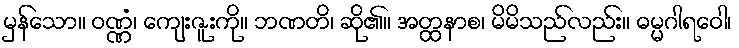
မှန်သော။ ဝဏ္ဏံ၊ ကျေးဇူးကို။ ဘဏတိ၊ ဆို၏။ အတ္ထနာစ၊ မိမိသည်လည်း။ ဓမ္မဂါရဝေါ၊